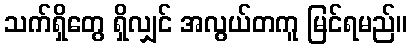
သက်ရှိတွေ ရှိလျှင် အလွယ်တကူ မြင်ရမည်။